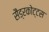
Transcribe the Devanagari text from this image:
सैंड्रकोट्टस